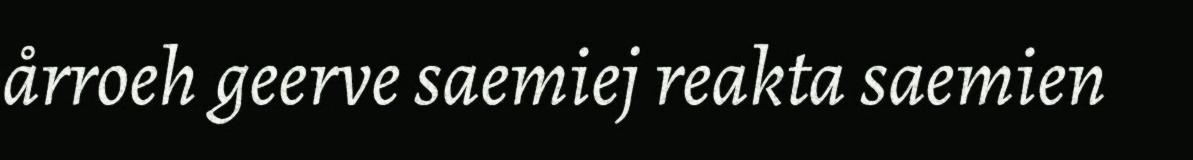
årroeh geerve saemiej reakta saemien